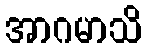
အာဂမာသိ